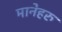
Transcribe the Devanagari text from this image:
मानेहरु